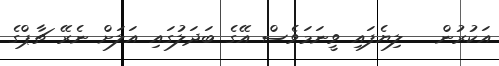
އަކުރުން   ލިޔެފައި ވީނަމަވެސް އޭގެ ބަދަލުގައި އަލަށް ނެރޭ ޗާޕްގެ